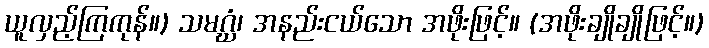
ယူလှည့်ကြကုန်။) သမဂ္ဃံ၊ အနည်းငယ်သော အဖိုးဖြင့်။ (အဖိုးချိုချိုဖြင့်။)